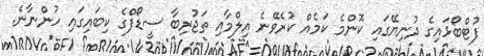
ފުޓްބޯޅައިގެ ދުނިޔޭގައި ކޮންމެ ކަމެއް ކުރެވޭނެ އިލްމާއި ތަޖުރިބާ ސީޑޯފްގެ ކިބައިގައި ހުންނާނެ.